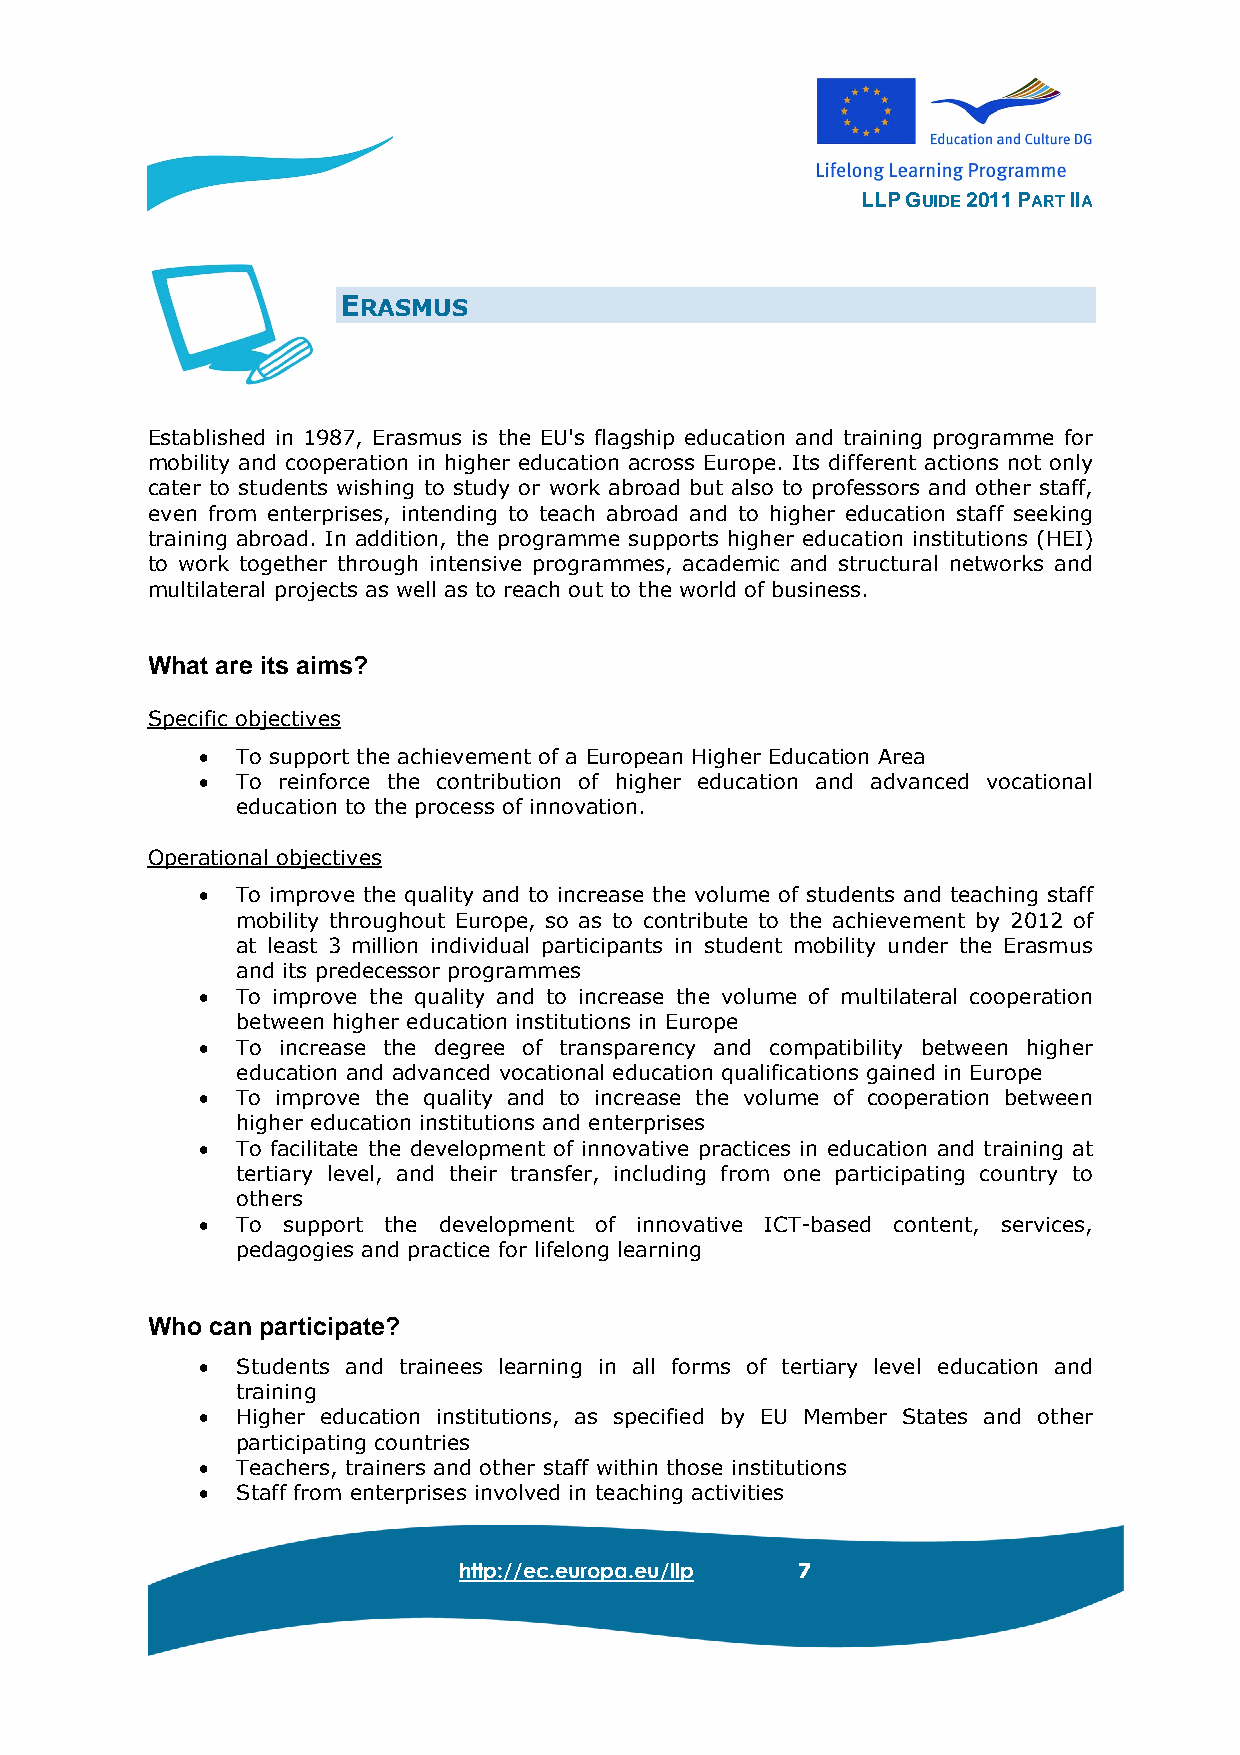
LLP GUIDE 2011 PART IIA
 ERASMUS
 Established in 1987, Erasmus is the EU's flagship education and training programme for
 mobility and cooperation in higher education across Europe. Its different actions not only
 cater to students wishing to study or work abroad but also to professors and other staff,
 even from enterprises, intending to teach abroad and to higher education staff seeking
 training abroad. In addition, the programme supports higher education institutions (HEI)
 to work together through intensive programmes, academic and structural networks and
 multilateral projects as well as to reach out to the world of business.
 What are its aims?
 Specific objectives
 •  To support the achievement of a European Higher Education Area
 •  To reinforce the contribution of higher education and advanced vocational
 education to the process of innovation.
 Operational objectives
 •  To improve the quality and to increase the volume of students and teaching staff
 mobility throughout Europe, so as to contribute to the achievement by 2012 of
 at least 3 million individual participants in student mobility under the Erasmus
 and its predecessor programmes
 •  To improve the quality and to increase the volume of multilateral cooperation
 between higher education institutions in Europe
 •  To increase the degree of transparency and compatibility between higher
 education and advanced vocational education qualifications gained in Europe
 •  To improve the quality and to increase the volume of cooperation between
 higher education institutions and enterprises
 •  To facilitate the development of innovative practices in education and training at
 tertiary level, and their transfer, including from one participating country to
 others
 •  To support the development of innovative ICT-based content, services,
 pedagogies and practice for lifelong learning
 Who can participate?
 •  Students and trainees learning in all forms of tertiary level education and
 training
 •  Higher education institutions, as specified by EU Member States and other
 participating countries
 •  Teachers, trainers and other staff within those institutions
 •  Staff from enterprises involved in teaching activities
 http://ec.europa.eu/llp 7